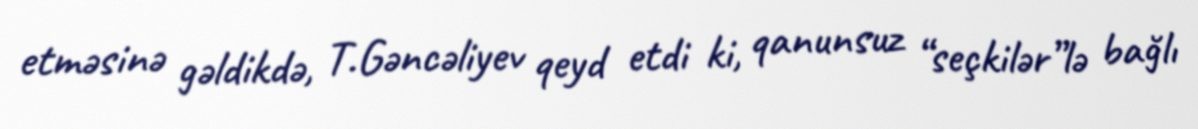
etməsinə gəldikdə, T.Gəncəliyev qeyd etdi ki, qanunsuz “seçkilər”lə bağlı